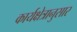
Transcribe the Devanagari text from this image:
कार्यक्षेत्रानुसार